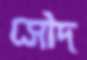
সৌদ